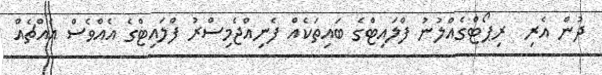
ދުން އެރި  ރިޕޯޓްގެއްލުނު ފްލައިޓްގެ ބައިތަކެއް ފެނިއްޖެމިސްރު ފްލައިޓްގެ އެއްވެސް އެއްޗެއް